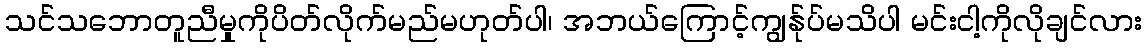
သင်သဘောတူညီမှုကိုပိတ်လိုက်မည်မဟုတ်ပါ၊ အဘယ်ကြောင့်ကျွန်ုပ်မသိပါ မင်းငါ့ကိုလိုချင်လား